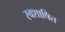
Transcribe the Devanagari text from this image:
स्वशाषित